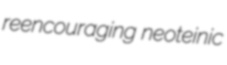
reencouraging neoteinic